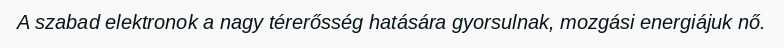
A szabad elektronok a nagy térerősség hatására gyorsulnak, mozgási energiájuk nő.